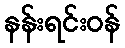
နန်းရင်းဝန်